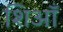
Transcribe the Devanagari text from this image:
शिआँ